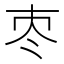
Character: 𡗭